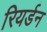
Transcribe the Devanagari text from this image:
रियर्डन